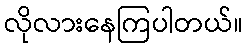
လိုလားနေကြပါတယ်။